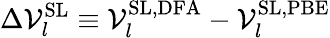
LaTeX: \Delta\mathcal{V}_{l}^{\mathrm{{SL}}}\equiv\mathcal{V}_{l}^{\mathrm{{SL,DFA}}}-\mathcal{V}_{l}^{\mathrm{{SL,PBE}}}